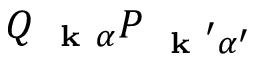
Q _ { \mathrm { ~ \bf ~ k ~ } \alpha } P _ { \mathrm { ~ \bf ~ k ~ } ^ { \prime } \alpha ^ { \prime } }